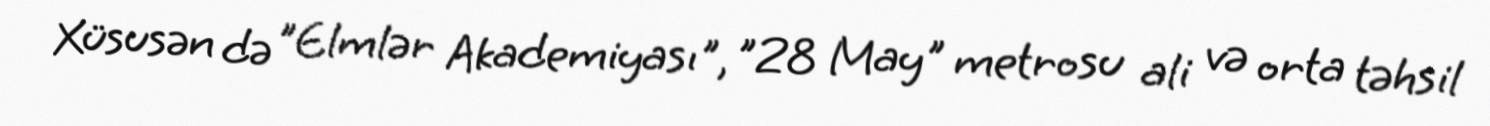
Xüsusən də "Elmlər Akademiyası", "28 May" metrosu ali və orta təhsil